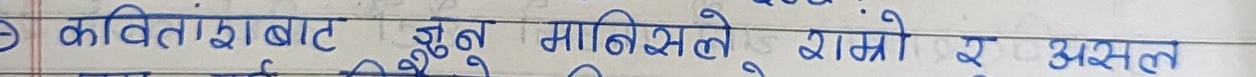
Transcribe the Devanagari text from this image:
कवितांबाट जुन मानिसले राम्रो र असल